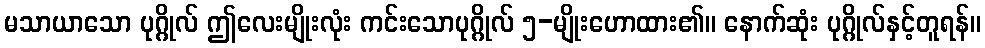
မသာယာသော ပုဂ္ဂိုလ် ဤလေးမျိုးလုံး ကင်းသောပုဂ္ဂိုလ် ၅-မျိုးဟောထား၏။ နောက်ဆုံး ပုဂ္ဂိုလ်နှင့်တူရန်။